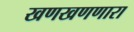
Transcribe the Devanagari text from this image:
खणखणणारा